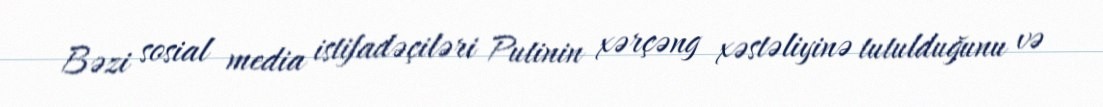
Bəzi sosial media istifadəçiləri Putinin xərçəng xəstəliyinə tutulduğunu və